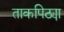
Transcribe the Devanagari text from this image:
ताकपिठ्या